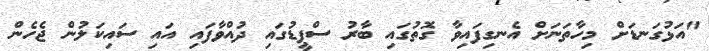
"އަޅުގަނޑަށް މިހާތަނަށް އެނގިފައިވާ ގޮތުގައި ބާރު ސްޕީޑުގައި ދުއްވާފައި އައި ސައިކަލުން ޖެހެން